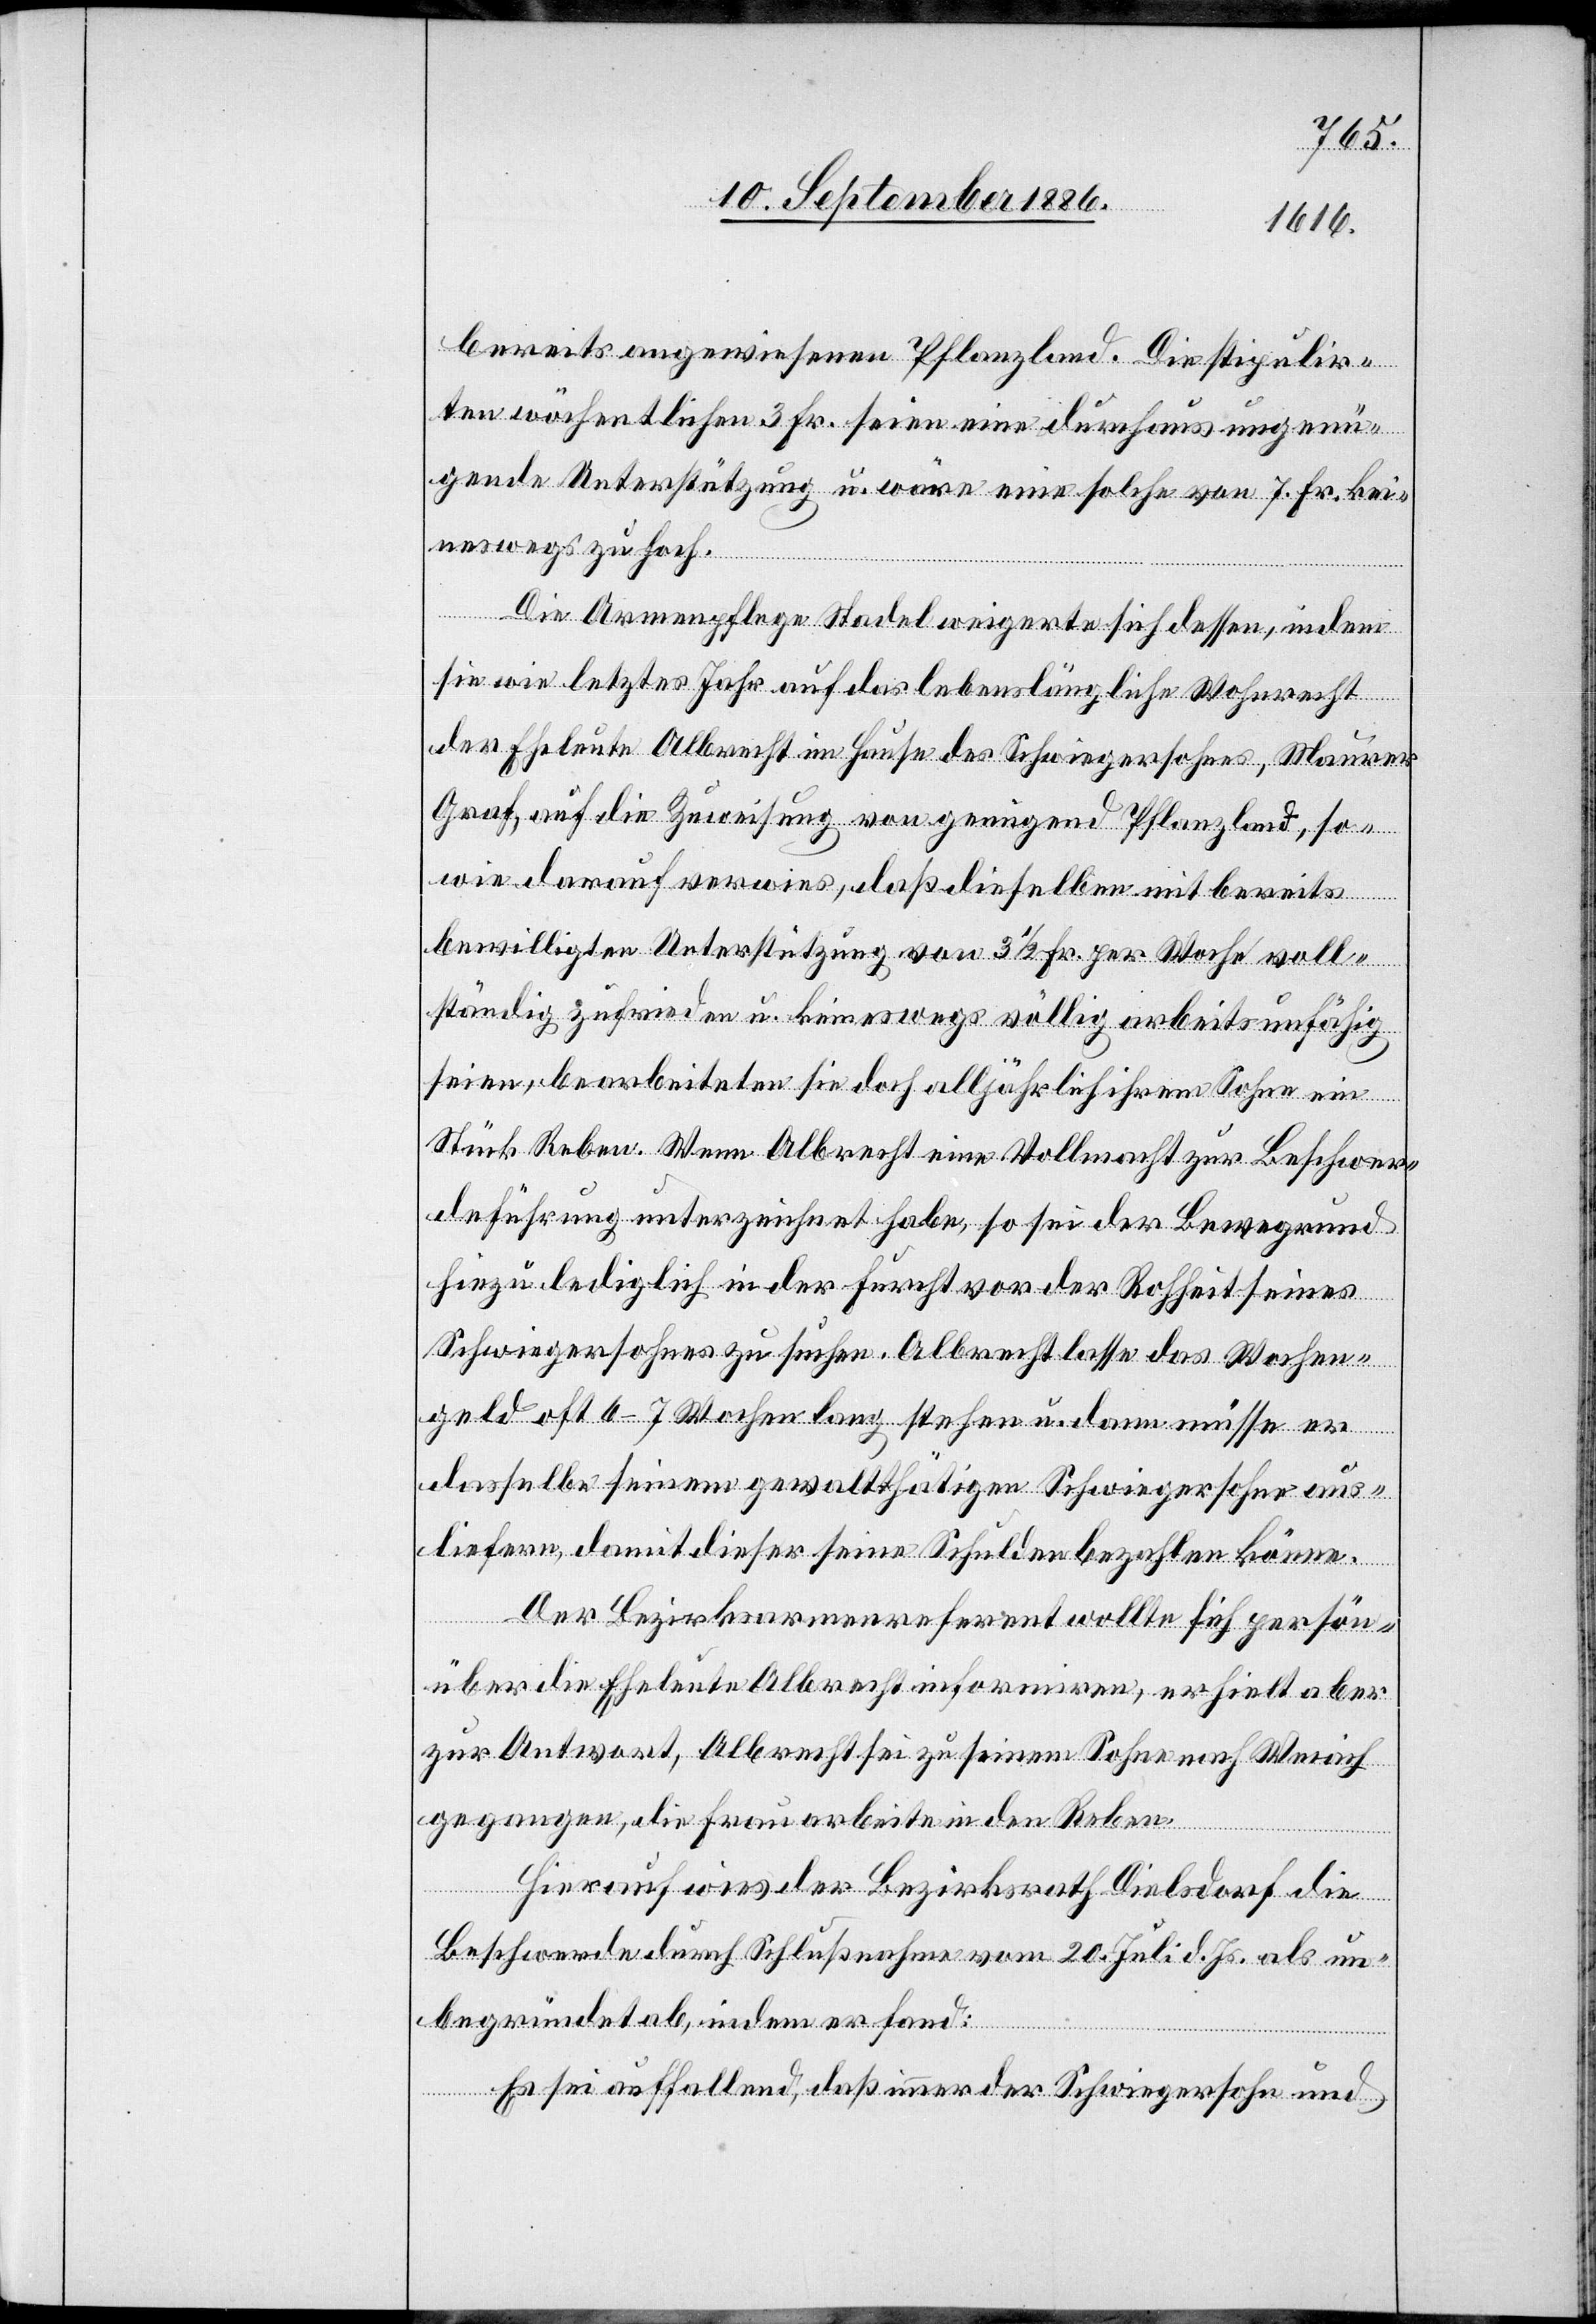
bereits angewiesenen Pflanzland. Die stipulir¬
ten wöchentlichen 3 Fr. seien eine durchaus ungenü¬
gende Unterstützung u. wäre eine solche von 7. Fr. kei¬
neswegs zu hoch.
Die Armenpflege Stadel weigerte sich dessen, indem
sie wie letztes Jahr auf das lebenslängliche Wohnrecht
der Eheleute Albrecht im Hause des Schwiegersohnes Maurer
Graf, auf die Zuweisung von genügend Pflanzland, so¬
wie darauf verwies, daß dieselben mit [der] bereits
bewilligten Unterstützung von 3 1/2 Fr. per Woche voll¬
ständig zufrieden u. keineswegs völlig arbeitsunfähig
seien, bearbeiteten sie doch alljährlich ihrem Sohn ein
Stück Reben. Wenn Albrecht eine Vollmacht zur Beschwer¬
deführung unterzeichnet habe, so sei der Bewegrund
hiezu lediglich in der Furcht vor der Rohheit seines
Schwiegersohnes zu suchen. Albrecht lasse das Wochen¬
geld oft 6–7 Wochen lang stehen u. dann müsse er
dasselbe seinem gewaltthätigen Schwiegersohn aus¬
liefern, damit dieser seine Schulden bezahlen könne.
lich
Der Bezirksarmenreferent wollte sich persön¬
über die Eheleute Albrecht informiren, erhielt aber
zur Antwort, Albrecht sei zu seinem Sohne nach Weiach
gegangen, die Frau arbeite in den Reben.
Hierauf wies der Bezirksrath Dielsdorf die
Beschwerde durch Schlußnahme vom 20. Juli d. Js. als un¬
begründet ab, indem er fand:
Es sei auffallend, daß immer der Schwiegersohn und